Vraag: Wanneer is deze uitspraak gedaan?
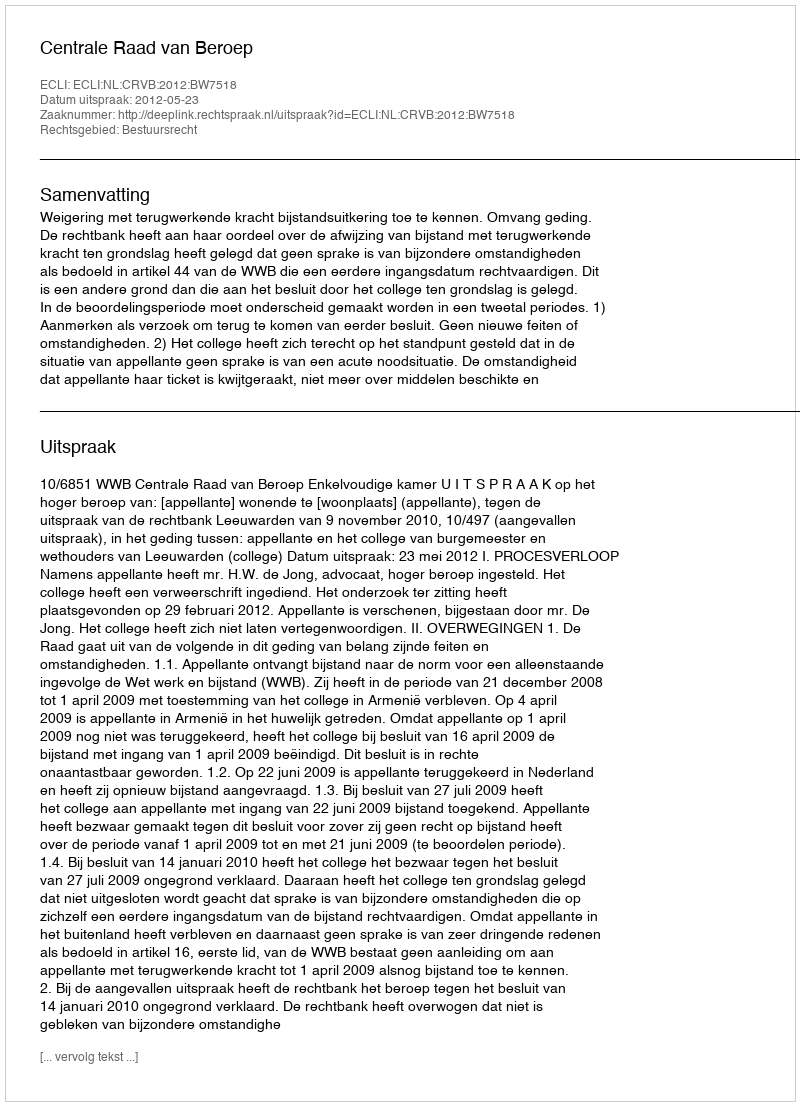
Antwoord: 2012-05-23